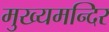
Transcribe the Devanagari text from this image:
मुख्यमन्दिर